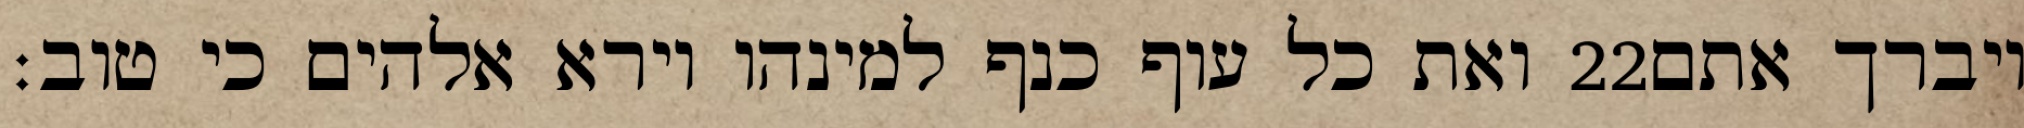
ואת כל עוף כנף למינהו וירא אלהים כי טוב׃ ‎22‏ ויברך אתם